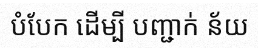
បំបែក ដើម្បី បញ្ជាក់ ន័យ